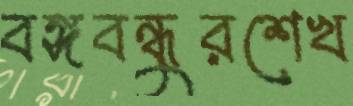
বঙ্গবন্ধুরশেখ